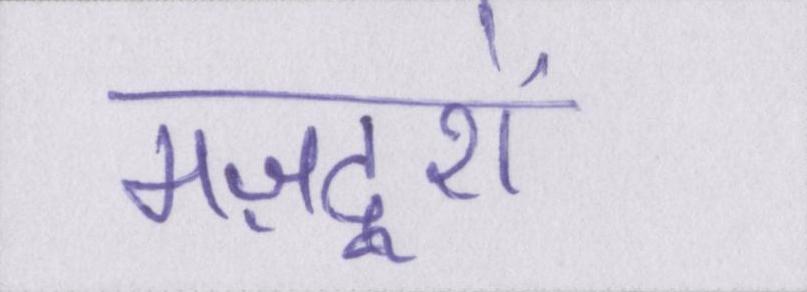
मज़दूरों